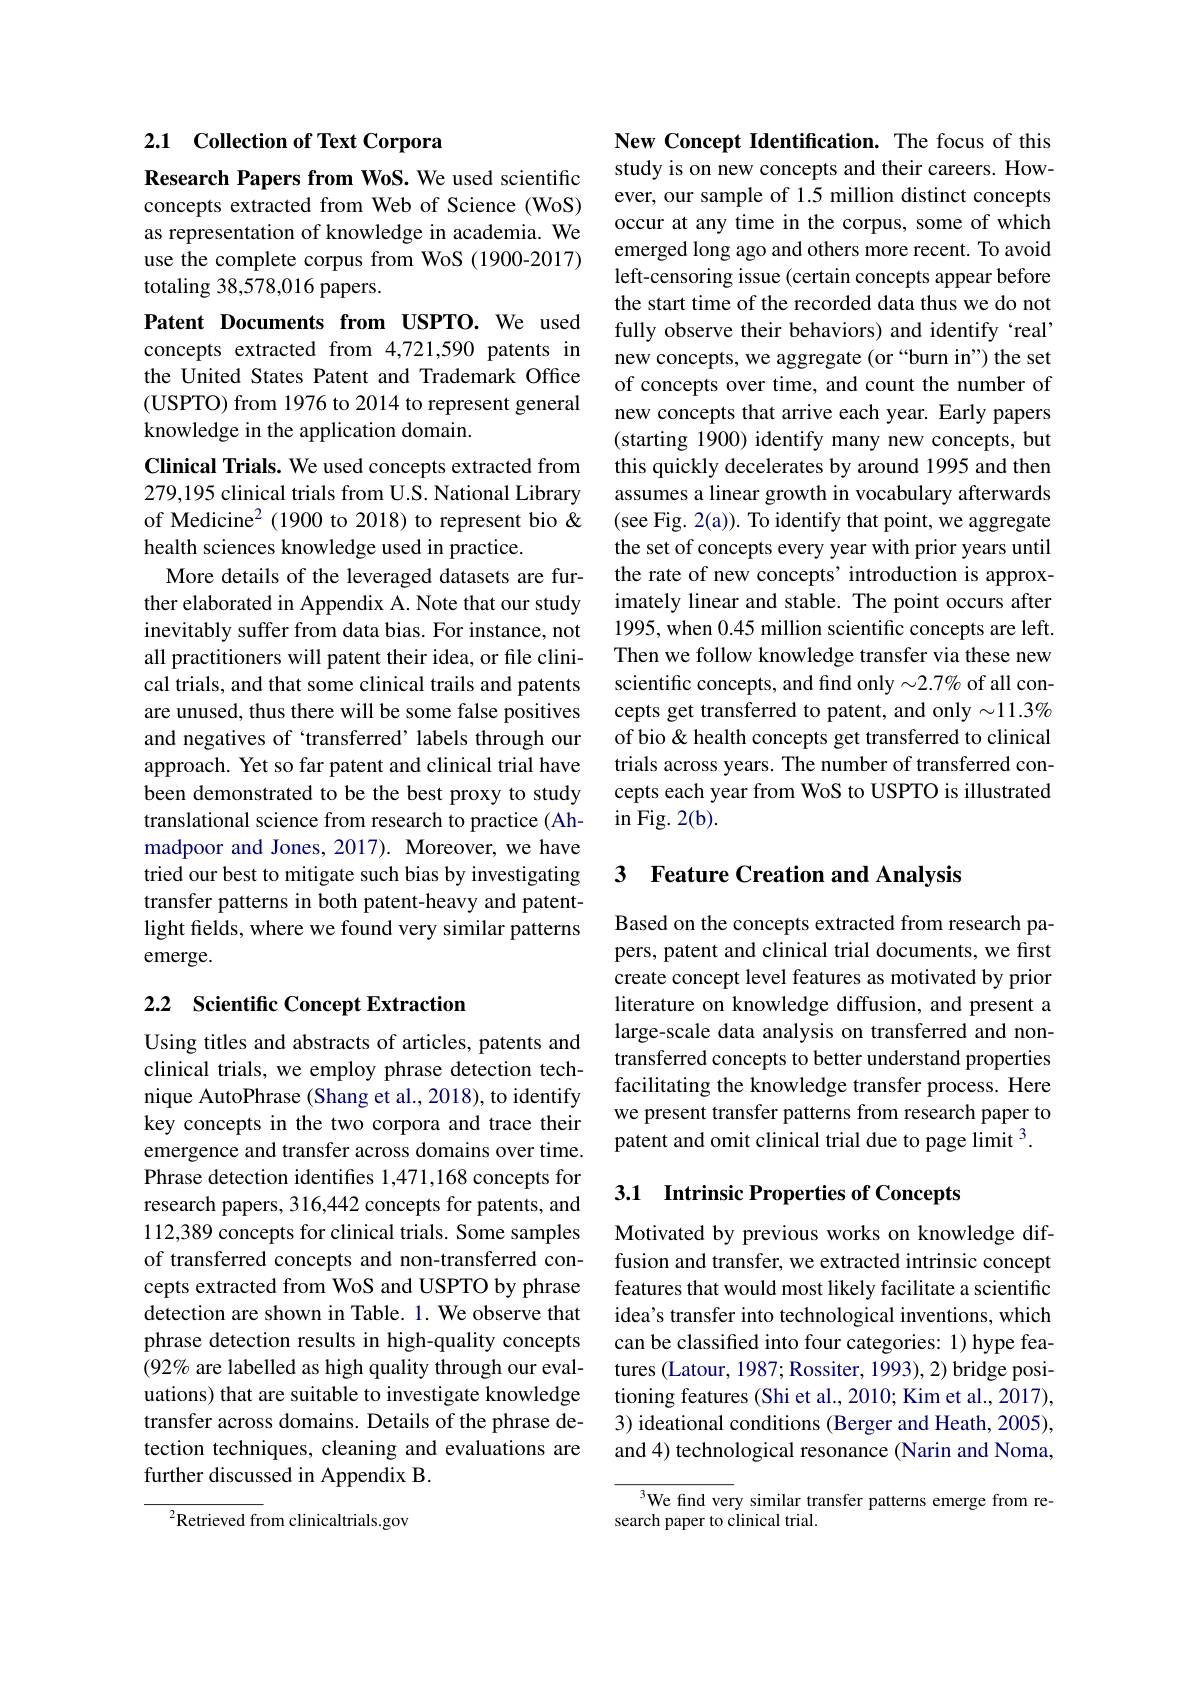
2.1 Collection of Text Corpora

Research Papers from WoS. We used scientific

concepts extracted from Web of Science (WoS) as representation of knowledge in academia. We use the complete corpus from WoS (1900-2017) totaling 38,578,016 papers.

Patent Documents from USPTO. We used concepts extracted from 4,721,590 patents in the United States Patent and Trademark Office (USPTO) from 1976 to 2014 to represent general knowledge in the application domain.
Clinical Trials. We used concepts extracted from 279,195 clinical trials from U.S. National Library of Medicine$^2$ (1900 to 2018) to represent bio & health sciences knowledge used in practice.
More details of the leveraged datasets are further elaborated in Appendix A. Note that our study inevitably suffer from data bias. For instance, not all practitioners will patent their idea, or file clinical trials, and that some clinical trails and patents are unused, thus there will be some false positives and negatives of `transferred’labels through our approach. Yet so far patent and clinical trial have been demonstrated to be the best proxy to study translational science from research to practice (Ahmadpoor and Jones, 2017). Moreover, we have tried our best to mitigate such bias by investigating transfer patterns in both patent-heavy and patentlight fields, where we found very similar patterns emerge.

## 2.2 Scientific Concept Extraction

Using titles and abstracts of articles, patents and clinical trials, we employ phrase detection technique AutoPhrase (Shang et al., 2018), to identify key concepts in the two corpora and trace their emergence and transfer across domains over time. Phrase detection identifies 1,471,168 concepts for research papers, 316,442 concepts for patents, and 112,389 concepts for clinical trials. Some samples of transferred concepts and non-transferred concepts extracted from WoS and USPTO by phrase detection are shown in Table. 1. We observe that phrase detection results in high-quality concepts $(92\%$ are labelled as high quality through our evaluations) that are suitable to investigate knowledge transfer across domains. Details of the phrase detection techniques, cleaning and evaluations are further discussed in Appendix B.

$^{2}$Retrieved from clinicaltrials.gov

New Concept Identification. The focus of this study is on new concepts and their careers. However, our sample of 1.5 million distinct concepts occur at any time in the corpus, some of which emerged long ago and others more recent. To avoid left-censoring issue (certain concepts appear before the start time of the recorded data thus we do not fully observe their behaviors) and identify `real" new concepts, we aggregate (or “burn in”) the set of concepts over time, and count the number of new concepts that arrive each year. Early papers (starting 1900) identify many new concepts, but this quickly decelerates by around 1995 and then assumes a linear growth in vocabulary afterwards (see Fig. 2(a)). To identify that point, we aggregate the set of concepts every year with prior years until the rate of new concepts' introduction is approximately linear and stable. The point occurs after 1995, when 0.45 million scientific concepts are left. Then we follow knowledge transfer via these new scientific concepts, and find only $\sim2.7\%$ of all concepts get transferred to patent, and only $\sim11.3\%$ of bio & health concepts get transferred to clinical trials across years. The number of transferred concepts each year from WoS to USPTO is illustrated $\operatorname{in}$Fig.2(b).

## 3 Feature Creation and Analysis

Based on the concepts extracted from research papers, patent and clinical trial documents, we first create concept level features as motivated by prior literature on knowledge diffusion, and present a large-scale data analysis on transferred and nontransferred concepts to better understand properties facilitating the knowledge transfer process. Here we present transfer patterns from research paper to patent and omit clinical trial due to page limit $^{3}.$

## 3.1 Intrinsic Properties of Concepts

Motivated by previous works on knowledge diffusion and transfer, we extracted intrinsic concept features that would most likely facilitate a scientific idea's transfer into technological inventions, which can be classified into four categories: 1) hype features (Latour, 1987; Rossiter, 1993), 2) bridge positioning features (Shi et al., 2010; Kim et al., 2017), 3) ideational conditions (Berger and Heath, 2005), and 4) technological resonance (Narin and Noma,

We find very similar transfer patterns emerge from re-
search paper to clinical trial.